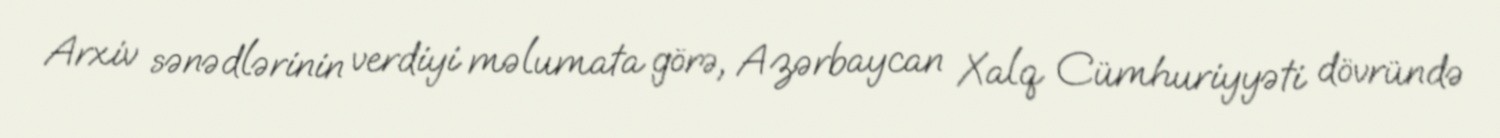
Arxiv sənədlərinin verdiyi məlumata görə, Azərbaycan Xalq Cümhuriyyəti dövründə